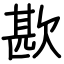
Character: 歁